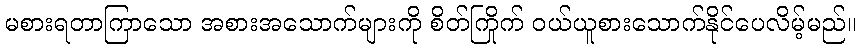
မစားရတာကြာသော အစားအသောက်များကို စိတ်ကြိုက် ဝယ်ယူစားသောက်နိုင်ပေလိမ့်မည်။